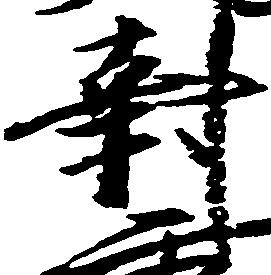
封